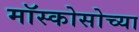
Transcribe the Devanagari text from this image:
मॉस्कोसोच्या